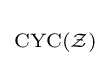
\scriptstyle \operatorname {CYC} ({\mathcal {Z}})